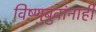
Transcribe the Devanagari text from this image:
विष्णुबुवांनाही